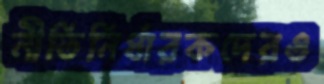
নীতিনির্ধারকদেরও